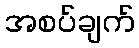
အစပ်ချက်